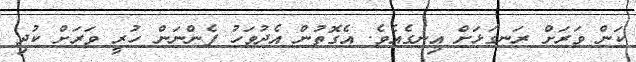
ކަން ވަރަށް ރަނގަޅަށް އިނގެއެވެ. އެގޮތުން އެދުވަހު ފެންނަން ހުރީ ވަރަށް ކުދި